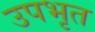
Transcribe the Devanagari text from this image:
उपभृत